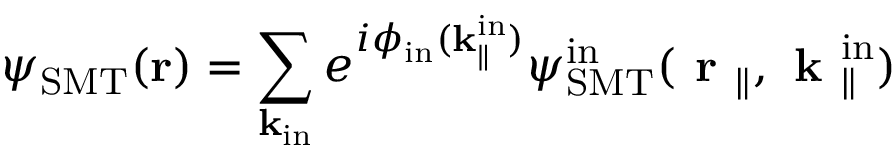
\psi _ { \mathrm { S M T } } ( { \bf r } ) = \sum _ { { \bf k } _ { \mathrm { i n } } } e ^ { i \phi _ { \mathrm { i n } } ( \bf k _ { \parallel } ^ { \mathrm { i n } } ) } { \psi } _ { \mathrm { S M T } } ^ { \mathrm { i n } } ( \textbf { r } _ { \parallel } , \textbf { k } _ { \parallel } ^ { \mathrm { i n } } )